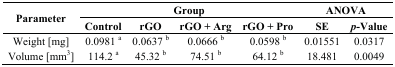
| <ROWSPAN=2> Parameter | <COLSPAN=4> Group | <COLSPAN=2> ANOVA |
 | Control | rGO | rGO + Arg | rGO + Pro | SE | p-Value |
 | --- | --- | --- | --- | --- | --- | --- |
 | Weight [mg] | 0.0981 a | 0.0637 b | 0.0666 b | 0.0598 b | 0.01551 | 0.0317 |
 | Volume [mm3] | 114.2 a | 45.32 b | 74.51 b | 64.12 b | 18.481 | 0.0049 |